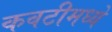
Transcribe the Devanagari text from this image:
कवटीमध्ये